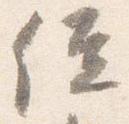
位